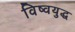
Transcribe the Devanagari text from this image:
विष्वयुद्ध